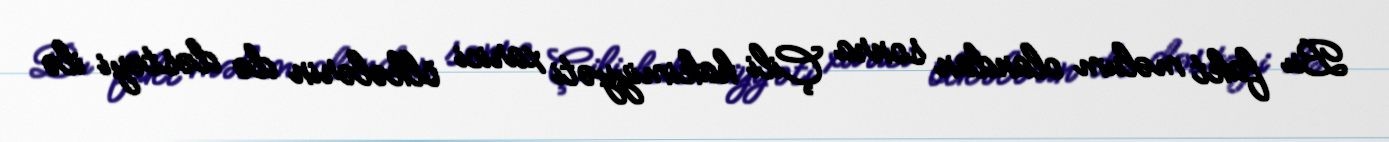
Bu fakt məlum olandan sonra Çili hakimiyyəti xarici ölkələrin də dəstəyi ilə